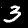
Digit: 3